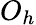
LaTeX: O_{h}